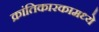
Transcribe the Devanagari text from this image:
क्रांतिकारकामध्ये